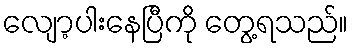
လျော့ပါးနေပြီကို တွေ့ရသည်။